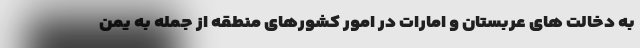
به دخالت های عربستان و امارات در امور کشورهای منطقه از جمله به یمن